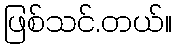
ဖြစ်သင်.တယ်။